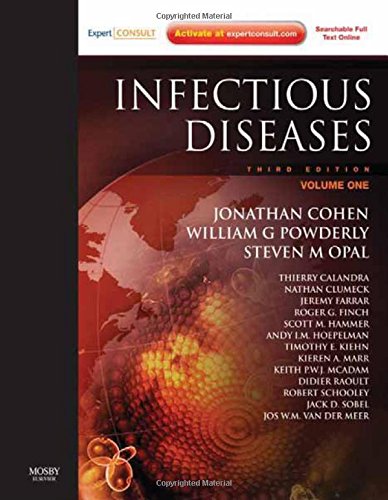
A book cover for Infectious Diseases: Expert Consult: Online and Print - 2 Volume Set, 3e (Infectious Diseases (Armstrong/ Mosby)); Jonathan Cohen M Sc  FRCP  FRCPath  FRCPE  FMedSci; Medical Books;